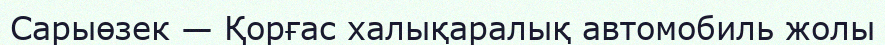
Сарыөзек — Қорғас халықаралық автомобиль жолы